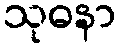
သုဓနာ